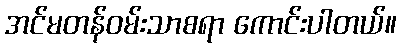
အင်မတန်ဝမ်းသာစရာ ကောင်းပါတယ်။